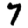
Digit: 7